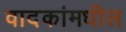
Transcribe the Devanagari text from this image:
वादकांमधील